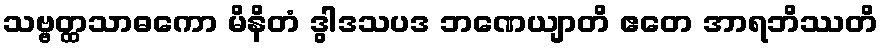
သဗ္ဗတ္ထသာဓကော မိနိတံ ဒွါဒသပဒ ဘဏေယျာတိ ဧတေ အာရဘိဿတိ